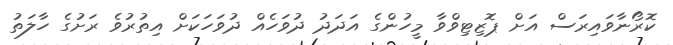
ކޮރޯނާވައިރަސް އަށް ޕޮޒިޓިވްވާ މީހުންގެ އަދަދު ދުވަހެއް ދުވަހަކަށް އިތުރުވެ ރަށުގެ ހާލަތު